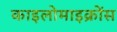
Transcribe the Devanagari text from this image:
काइलोमाइक्रोंस